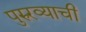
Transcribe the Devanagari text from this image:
पुरुरव्याची